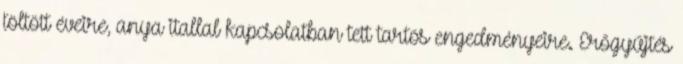
töltött éveire, anya itallal kapcsolatban tett tartós engedményeire. Erőgyűjtés